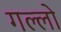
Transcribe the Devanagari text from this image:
गल्लो